Sanitation, dispensaries and jails vaccination Rajputana 1922-1927 - 1922-1927
Year: 1922
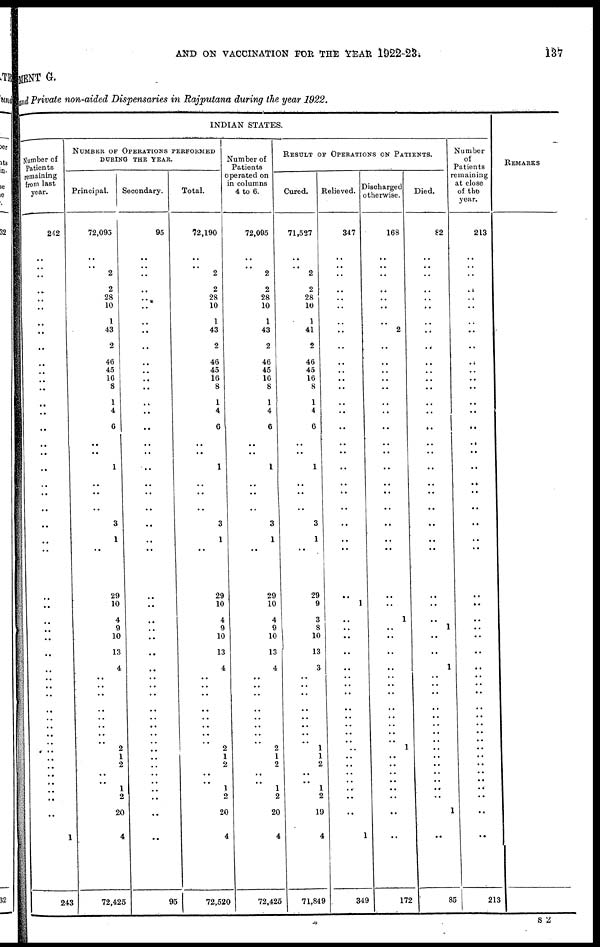
AND ON VACCINATION FOR THE YEAR 1922-23.
137
MENT G.
and Private non-aided Dispensaries in Rajputana during the year 1922.
INDIAN STATES.
Number of
Patients
remaining
from last
year.
242
..
.. ..
..
..
..
..
..
..
..
..
..
..
..
..
..
..
..
..
..
..
..
..
..
..
..
..
..
..
..
..
..
..
..
..
..
..
..
..
..
..
..
..
..
..
..
..
..
1
243
NUMBER OF OPERATIONS PERFORMED
DURING THE YEAR.
Principal.
72,095
..
.. 2
2
28
10
1
43
2
46
45
10
8
1
4
6
..
..
1
..
..
..
3
1
..
29
10
4
9
10
13
4
..
..
..
..
..
..
..
..
.. 2
1
2
..
1
2
20
4
72,425
Secondary.
95
..
..
..
..
..
..
..
..
..
..
..
..
..
..
..
..
..
..
..
..
..
..
..
..
..
..
..
..
..
..
..
..
..
..
..
..
..
..
..
..
..
..
..
..
..
..
..
..
..
95
Total.
72,190
..
.. 2
2
28
10
1
43
2
46
45
16
8
1
4
6
..
..
1
..
..
..
3
1
..
29
10
4
9
10
13
4
..
..
..
..
..
..
..
..
..
..2
1
2
..
1
2
20
4
72,520
Number of
Patients
operated on
in columns
4 to 6.
72,095
..
..
2
2
28
10
1
43
2
46
45
16
8
1
4
6
..
..
1
..
..
..
3
1
..
29
10
4
9
10
13
4
..
..
..
..
..
..
..
..
.. 2
1
2
..
1
2
20
4
72,425
RESULT OF OPERATIONS ON PATIENTS.
Cured.
71,527
..
.. 2
2
28
10
1
41
2
46
45
16
8
1
4
6
..
..
1
..
..
..
3
1
..
29
9
3
8
10
13
3
..
..
..
..
..
..
..
..
..
1
1
2
..
1
2
19
4
71,849
Relieved.
347
..
..
..
..
..
..
..
..
..
..
..
..
..
..
..
..
..
..
..
..
..
..
..
..
..
..
1
..
..
..
..
..
..
..
..
..
..
..
..
..
..
..
..
..
..
..
..
..
1
349
Discharged
otherwise.
168
..
..
..
..
..
..
..
2
..
..
..
..
..
..
..
..
..
..
..
..
..
..
..
..
..
..
..
1
..
..
..
..
..
..
..
..
..
..
..
..
.. 1
..
..
..
..
..
..
..
172
Died.
82
..
..
..
..
..
..
..
..
..
..
..
..
..
..
..
..
..
..
..
..
..
..
..
..
..
..
..
..
1
..
..
1
..
..
..
..
..
..
..
..
..
..
..
..
..
..
..
1
..
85
Number
of
Patients
remaining
at close
of the
year.
213
..
..
..
..
..
..
..
..
..
..
..
..
..
..
..
..
..
..
..
..
..
..
..
..
..
..
..
..
..
..
..
..
..
..
..
..
.. ..
..
..
..
..
..
..
..
..
..
..
..
213
REMARKS
S 2